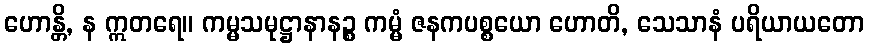
ဟောန္တိ, န ဣတရေ။ ကမ္မသမုဋ္ဌာနာနဉ္စ ကမ္မံ ဇနကပစ္စယော ဟောတိ, သေသာနံ ပရိယာယတော